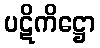
ပဋိကိဋ္ဌော